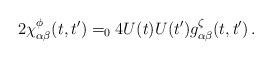
LaTeX: \begin{align*}2\chi^{\phi}_{\alpha\beta}(t,t') =_0 4U(t)U(t')g^{\zeta}_{\alpha\beta}(t,t')\,.\end{align*}